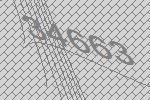
34663